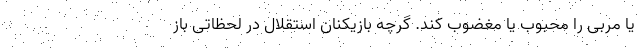
یا مربی را محبوب یا مغضوب کند. گرچه بازیکنان استقلال در لحظاتی باز